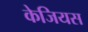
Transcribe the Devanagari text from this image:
केजियस